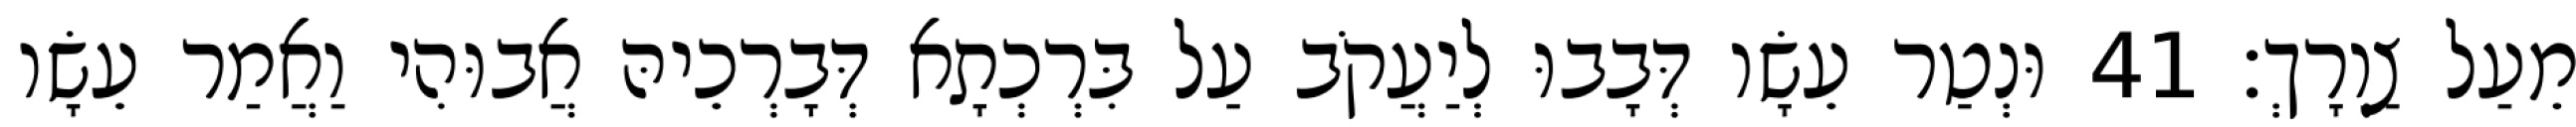
מֵעַל צַוְרָךְ׃ 41 וּנְטַר עֵשָׂו דְּבָבוּ לְיַעֲקֹב עַל בִּרְכְתָא דְּבָרְכֵיהּ אֲבוּהִי וַאֲמַר עֵשָׂו